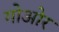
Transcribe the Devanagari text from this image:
गोओर